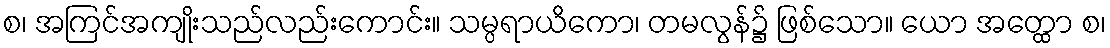
စ၊ အကြင်အကျိုးသည်လည်းကောင်း။ သမ္ပရာယိကော၊ တမလွန်၌ ဖြစ်သော။ ယော အတ္ထော စ၊